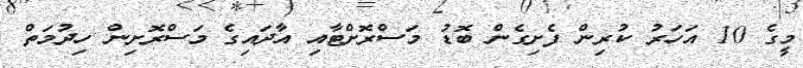
މީގެ 10 އަހަރު ކުރިން ފެށިގެން ބޮޑު މަސްރޮށްޓާއި އާދައިގެ މަސްރޮށިން ހިދުމަތް